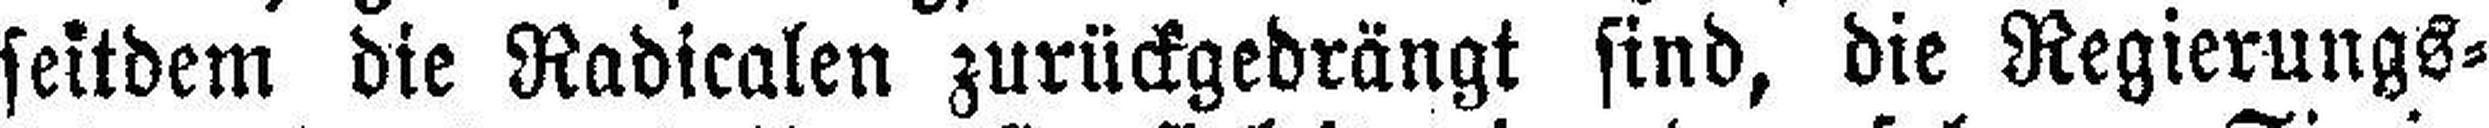
seitdem die Radicalen zurückgedrängt sind, die Regierungs¬